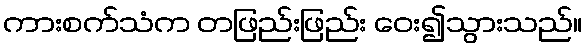
ကားစက်သံက တဖြည်းဖြည်း ဝေး၍သွားသည်။